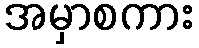
အမှာစကား